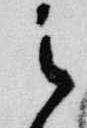
之